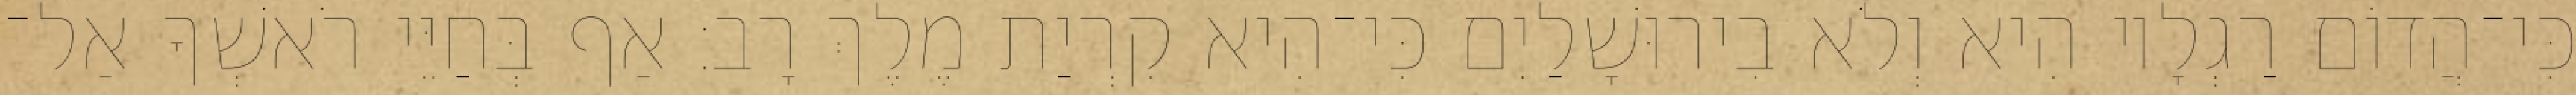
כִּי־הֲדוֹם רַגְלָיו הִיא וְלֹא בִירוּשָׁלַיִם כִּי־הִיא קִרְיַת מֶלֶךְ רָב׃ אַף בְּחַיֵּי רֹאשְׁךָ אַל־